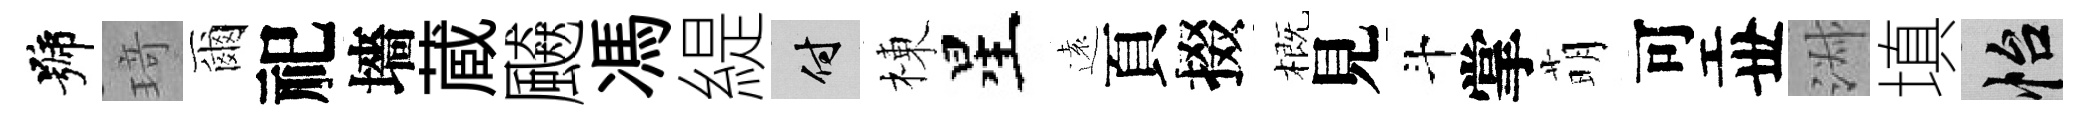
號𤦺爾祀墻蔵飇馮緹付棟星遠頁掇概見斗掌萌可丗淑填怡